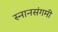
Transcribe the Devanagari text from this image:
स्नानसंगमी